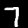
Label: 7